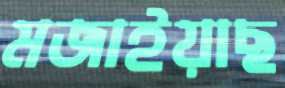
মজাইয়াছ